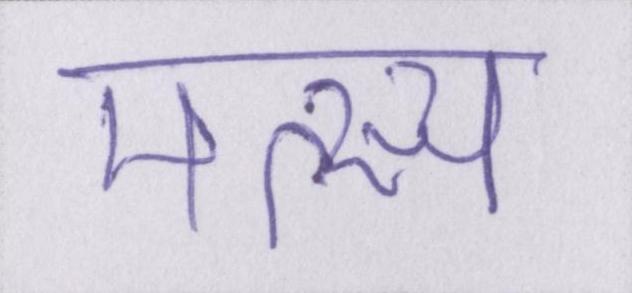
मत्स्य